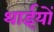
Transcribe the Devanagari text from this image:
थाईयों